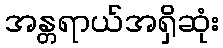
အန္တရာယ်အရှိဆုံး